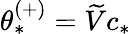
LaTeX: \theta_{*}^{(+)}=\widetilde{V}c_{*}